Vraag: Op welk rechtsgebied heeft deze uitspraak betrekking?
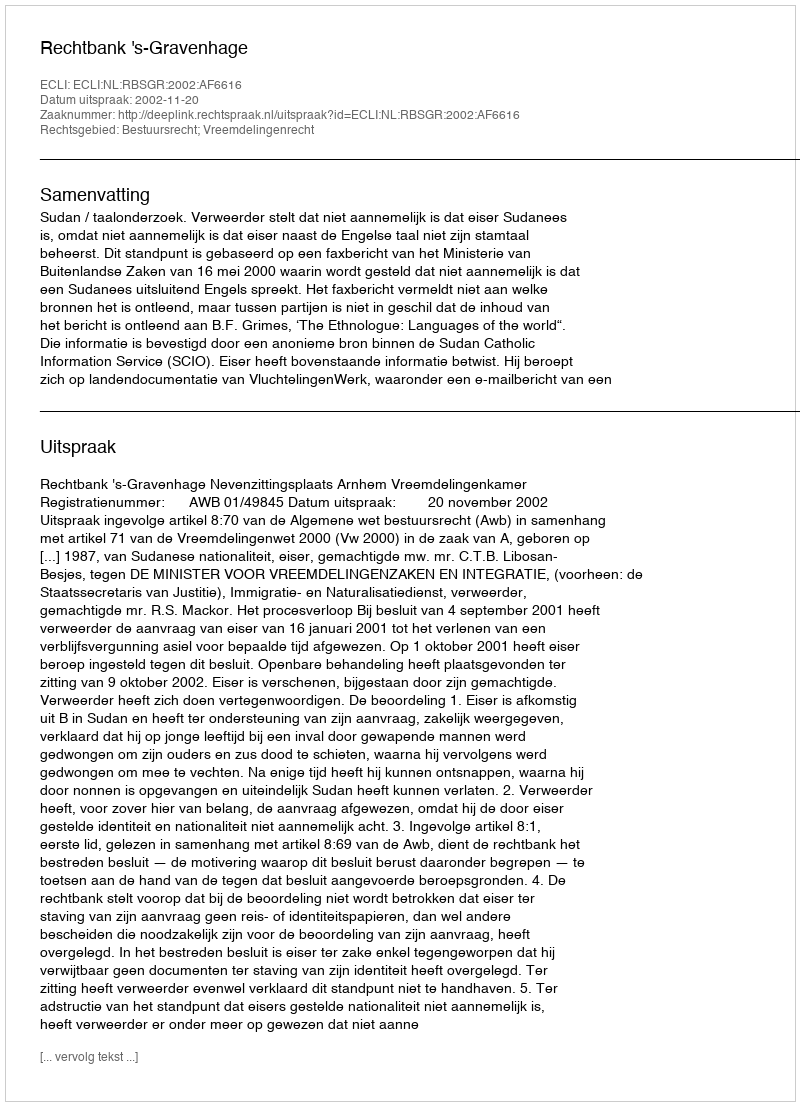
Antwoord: Bestuursrecht; Vreemdelingenrecht